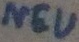
Text: NEU